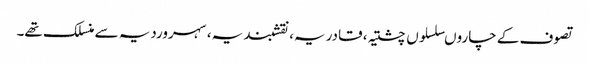
تصوف کے چاروںسلسلوں چشتیہ، قادریہ، نقشبندیہ، سہروردیہ سے منسلک تھے۔